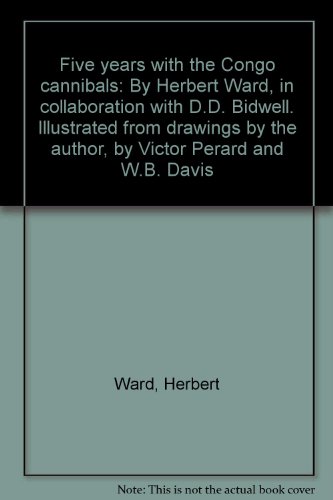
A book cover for Five years with the Congo cannibals: By Herbert Ward, in collaboration with D.D. Bidwell. Illustrated from drawings by the author, by Victor Perard and W.B. Davis; Herbert Ward; Travel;